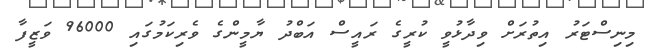
މިނިސްޓަރު އިތުރަށް ވިދާޅުވީ ކުރީގެ ރައީސް އަބްދު ޔާމީންގެ ވެރިކަމުގައި 96000 ވަޒީފާ